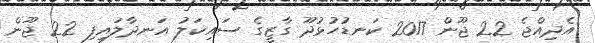
އެދިއްޖެ 22 ޖޫން 2017 ކަނޑުހުޅުދޫ ގާޒީގެ ސައިކަލު އަނދާލައިފި 22 ޖޫން